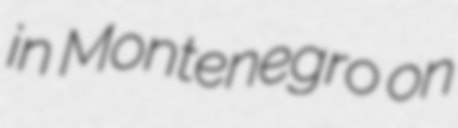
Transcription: in Montenegro on